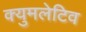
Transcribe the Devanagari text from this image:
क्युमलेटिव